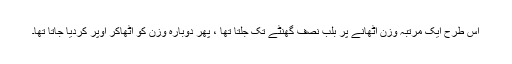
اس طرح ایک مرتبہ وزن اٹھانے پر بلب نصف گھنٹے تک جلتا تھا ، پھر دوبارہ وزن کو اٹھاکر اوپر کردیا جاتا تھا۔